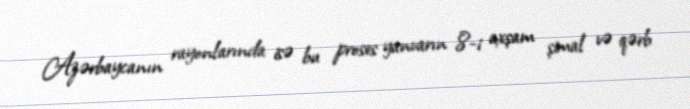
Azərbaycanın rayonlarında isə bu proses yanvarın 8-i axşam şimal və qərb